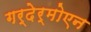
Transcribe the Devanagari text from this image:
गर्देर्मोएन